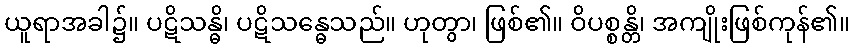
ယူရာအခါ၌။ ပဋိသန္ဓိ၊ ပဋိသန္ဓေသည်။ ဟုတွာ၊ ဖြစ်၏။ ဝိပစ္စန္တိ၊ အကျိုးဖြစ်ကုန်၏။